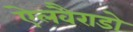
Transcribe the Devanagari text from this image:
ऐलवैराडो